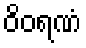
ဝိဝရဏံ